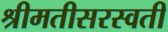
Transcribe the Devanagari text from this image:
श्रीमतीसरस्‍वती